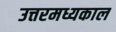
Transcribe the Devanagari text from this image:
उत्तरमध्यकाल